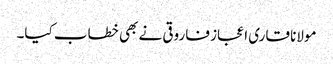
مولانا قاری اعجاز فاروقی نے بھی خطاب کیا۔